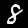
Digit: 8